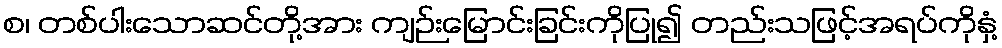
စ၊ တစ်ပါးသောဆင်တို့အား ကျဉ်းမြောင်းခြင်းကိုပြု၍ တည်းသဖြင့်အရပ်ကိုနှံ့